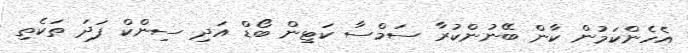
އެހެންކަމުން ކާން ބޭނުންކުރާ ސަމްސާ ކަޓިން ބޯޑް އަދި ސިންކް ފަދަ ތަކެތި